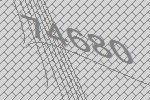
74680